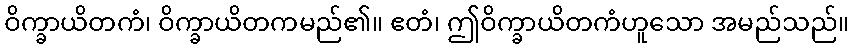
ဝိက္ခာယိတကံ၊ ဝိက္ခာယိတကမည်၏။ ဧတံ၊ ဤဝိက္ခာယိတကံဟူသော အမည်သည်။